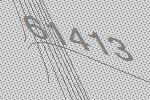
61413